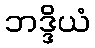
ဘဒ္ဒိယံ